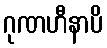
ဂုဏဟီနာပိ